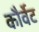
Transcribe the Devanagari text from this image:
कौर्वेट